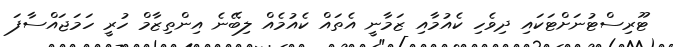
ޓޫރިސްޓުނަށްޓަކައި ދިވެހި ކެއުމާއި ޒަމާނީ އެތައް ކެއުމެއް ލިބޭނެ އިންތިޒާމް ހުރީ ހަމަޖައްސާފަ